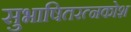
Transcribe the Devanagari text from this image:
सुभाषितरत्नकोश